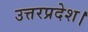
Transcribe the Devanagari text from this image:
उत्तरप्रदेश।